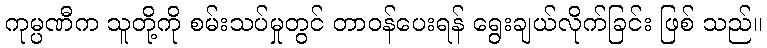
ကုမ္ပဏီက သူတို့ကို စမ်းသပ်မှုတွင် တာဝန်ပေးရန် ရွေးချယ်လိုက်ခြင်း ဖြစ် သည်။